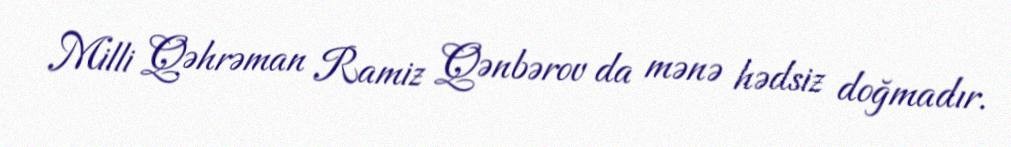
Milli Qəhrəman Ramiz Qənbərov da mənə hədsiz doğmadır.